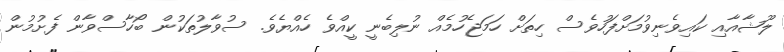
ލޫޝާއާއި ކައިވެނިވުމަށްފަހުވެސް ހިތަށް ހަމަޖެހުމެއް ނުލިބެނީ ކީއްވެ ހެއްޔެވެ. ސުވާލުތަކުން ބޯހާސްވާން ފެށުމުން